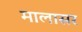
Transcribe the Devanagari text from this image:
मालासर